Civil Veterinary Dept. Assam report 1927-50 - 1927-1950
Year: 1927
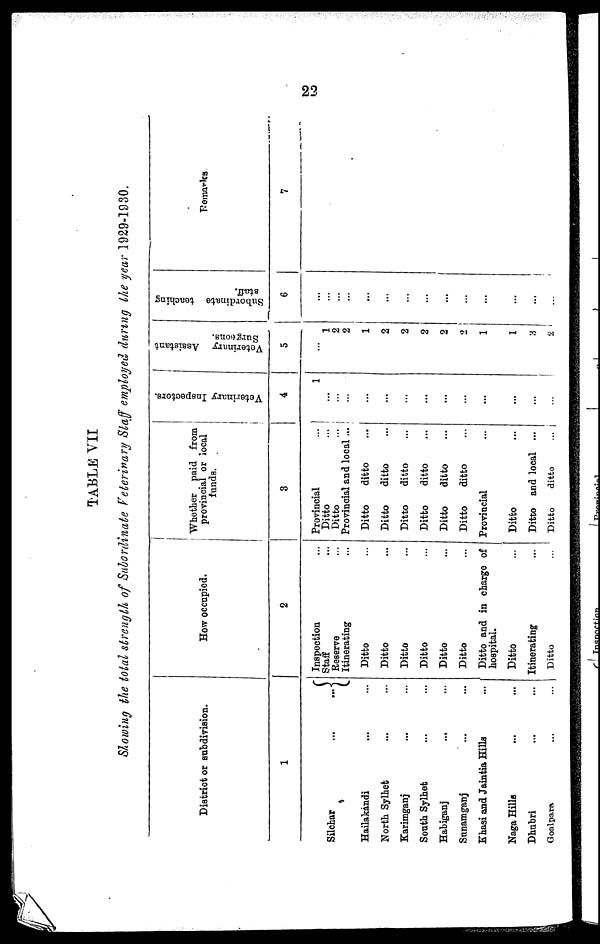
23
TABLE VII
Slowing the total strength of Subordinate Veterinary Staff employed during the year 1929-1930.
District or subdivision.
1
Silchar
...
...
Hailakandi ... ...
North Sylhet ... ...
Karimganj ... ...
South Sylhet ... ...
Habiganj ... ...
Sunamganj ... ...
Khasi and Jaintia Hills ...
Naga Hills ... ...
Dhubri ... ...
Goolpara ... ...
How occupied.
2
Inspection ...
Staff ...
Reserve ...
Itinerating ...
Ditto ...
Ditto ...
Ditto ...
Ditto ...
Ditto ...
Ditto ...
Ditto and in charge of
hospital.
Ditto ...
Itinerating
...
Ditto
...
Whether paid from
provincial or local
funds.
3
Provincial ...
Ditto ...
Ditto ...
Provincial and local ...
Ditto
ditto ...
Ditto
ditto ...
Ditto
ditto ...
Ditto
ditto ...
Ditto
ditto ...
Ditto
ditto ...
Provincial ...
Ditto ...
Ditto and local ...
Ditto
ditto
...
Veterinary Inspectors.
4
1
...
... ...
...
...
...
...
...
...
...
...
...
...
Veterinary Assistant
Surgeons.
5
...
1
2
2
1
2
2
2
2
2
1
1
...
2
Subordinate teaching
staff.
6
...
...
...
...
...
...
...
...
...
...
...
...
...
...
Remarks
7